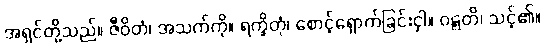
အရှင်တို့သည်။ ဇီဝိတံ၊ အသက်ကို။ ရက္ခိတုံ၊ စောင့်ရှောက်ခြင်းငှါ။ ဝဋ္ဋတိ၊ သင့်၏။